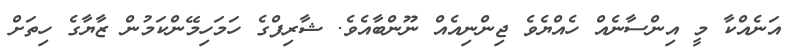
އަނެއްކާ މީ އިންސާނެއް ހެއްޔެވެ ޖިންނިއެއް ނޫންބާއެވެ. ޝާރިފްގެ ހަމަހިމޭންކަމުން ޒާޔާގެ ހިތަށް